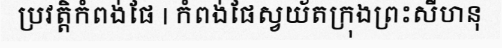
ប្រវត្តិកំពង់ផែ | កំពង់ផែស្វយ័តក្រុងព្រះសីហនុ